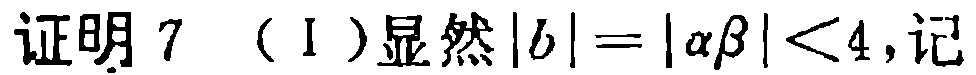
证明 7 （I）显然\(|b| = |\alpha\beta| < 4\)，记